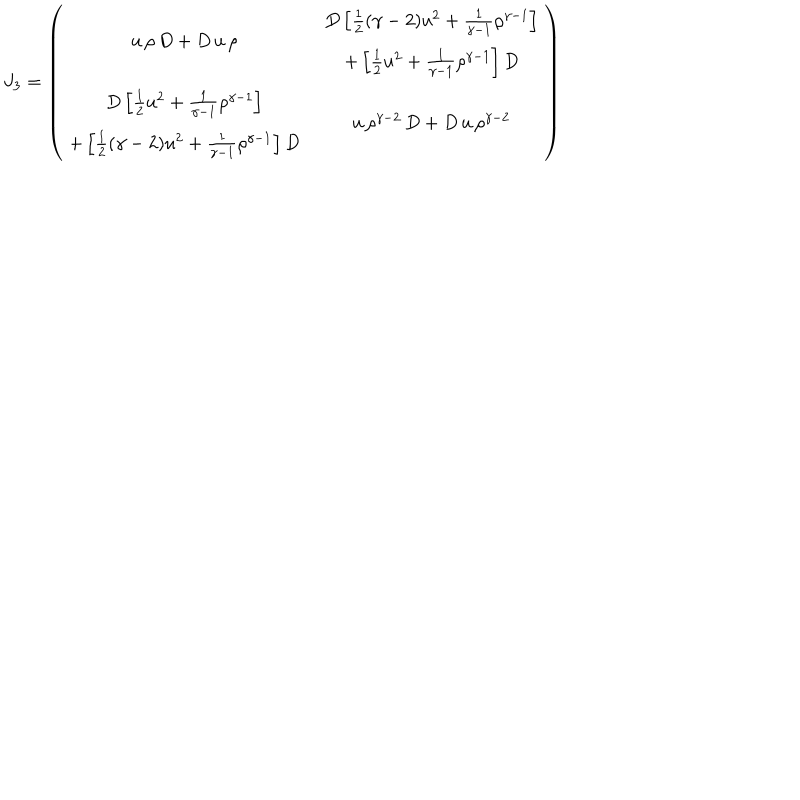
LaTeX: J _ { 3 } = \left( \begin{array} { c c } { { u \, \rho \, D + D \, u \, \rho } } & { { \begin{array} { c } { { D \left[ \frac { 1 } { 2 } ( \gamma - 2 ) u ^ { 2 } + \frac { 1 } { \gamma - 1 } \rho ^ { \gamma - 1 } \right] } } \\ { { + \left[ \frac { 1 } { 2 } u ^ { 2 } + \frac { 1 } { \gamma - 1 } \rho ^ { \gamma - 1 } \right] D } } \\ \end{array} } } \\ { { \begin{array} { c } { { D \left[ \frac { 1 } { 2 } u ^ { 2 } + \frac { 1 } { \gamma - 1 } \rho ^ { \gamma - 1 } \right] } } \\ { { + \left[ \frac { 1 } { 2 } ( \gamma - 2 ) u ^ { 2 } + \frac { 1 } { \gamma - 1 } \rho ^ { \gamma - 1 } \right] D } } \\ \end{array} } } & { { u \, \rho ^ { \gamma - 2 } \, D + D \, u \, \rho ^ { \gamma - 2 } } } \\ \end{array} \right)